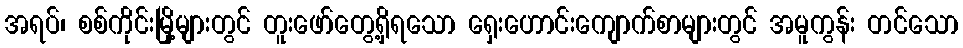
အရပ်၊ စစ်ကိုင်းမြို့များတွင် တူးဖော်တွေ့ရှိရသော ရှေးဟောင်းကျောက်စာများတွင် အမူကွန်း တင်သော